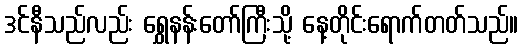
ဒင်နီသည်လည်း ရွှေနန်းတော်ကြီးသို့ နေ့တိုင်းရောက်တတ်သည်။